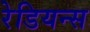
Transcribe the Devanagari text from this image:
रेडियन्स